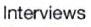
Interviews